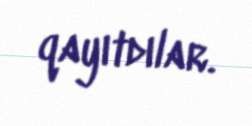
qayıtdılar.